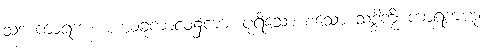
သဒ ကာရက။ ။ ယခုကာလ၌ကား ပုရိသော စသော သဒ္ဒါကို ကာရကဟု